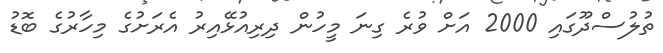
ތުލުސްދޫގައި 2000 އަށް ވުރެ ގިނަ މީހުން ދިރިއުޅޭއިރު އެރަށުގެ މިހާރުގެ ބޮޑު